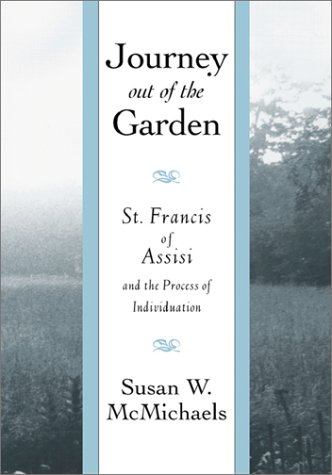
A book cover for Journey Out of the Garden: St. Francis of Assisi and the Process of Individuation; Susan W. McMichaels; Religion & Spirituality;